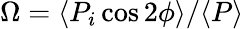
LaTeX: \Omega=\langle P_{i}\cos 2\phi\rangle/\langle P\rangle